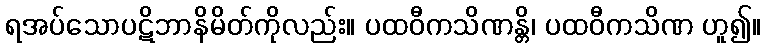
ရအပ်သောပဋိဘာနိမိတ်ကိုလည်း။ ပထဝီကသိဏန္တိ၊ ပထဝီကသိဏ ဟူ၍။